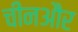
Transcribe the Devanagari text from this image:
चीनऔर